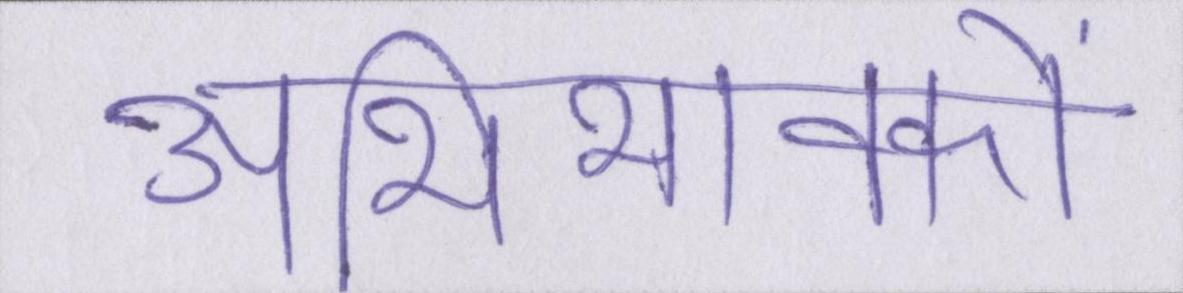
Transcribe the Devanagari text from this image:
अभिभावकों